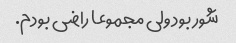
شور بود ولی مجموعا راضی بودم.